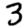
Digit: 3